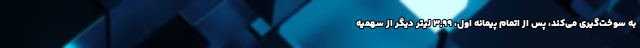
به سوخت‌گیری می‌کند، پس از اتمام پیمانه اول، ۳,۹۹ لیتر دیگر از سهمیه